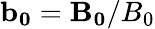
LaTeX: \mathbf{b_{0}}=\mathbf{B_{0}}/B_{0}